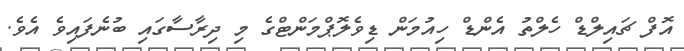
އޮފް ޗައިލްޑް ހެލްތު އެންޑް ހިއުމަން ޑިވެލޮޕްމަންޓްގެ މި ދިރާސާގައި ބުނެފައިވެ އެވެ.